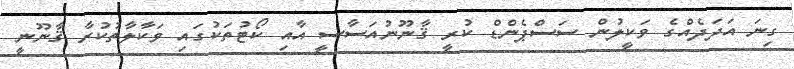
ގިނަ އަދަދެއްގެ ވަކީލުން ސަސްޕެންޑް ކުރީ ޤާނޫނުއަސާސީ އާއި ކޯޓުތަކުގައި ވަކާލާތުކުރާ ޤާނޫނީ